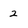
Character: 2